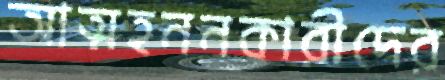
আত্মহননকারীদের